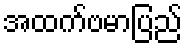
အထက်ဗမာပြည်